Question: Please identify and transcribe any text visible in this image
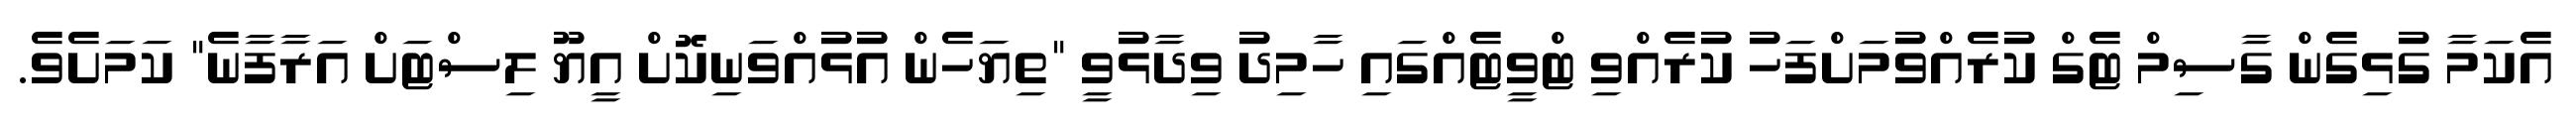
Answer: އެކަމާ ގުޅިގެން ގާސިމް ޓެގް ކުރެއްވުމަށްފަހު ކުރެއްވި ޓްވީޓެއްގައި ހާމިދު ވިދާޅުވީ "ތިޔަހެން އުޅުއްވަނިކޮށް އީޔޫ ލިސްޓަށް އަރާފާނެ" ކަމަށެވެ.